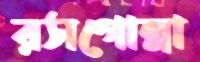
রসগোল্লা